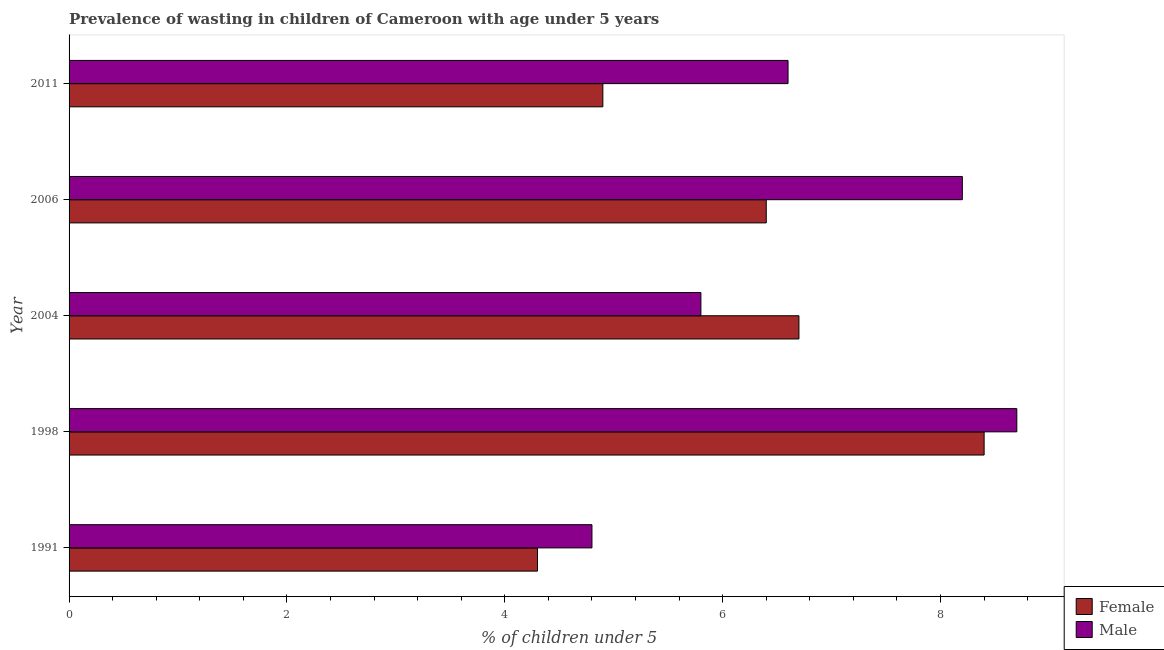
| Year | Female | Male |
 | --- | --- | --- |
 | 1991 | 4.3 | 4.8 |
 | 1998 | 8.4 | 8.7 |
 | 2004 | 6.7 | 5.8 |
 | 2006 | 6.4 | 8.2 |
 | 2011 | 4.9 | 6.6 |